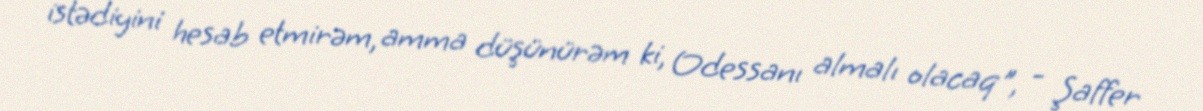
istədiyini hesab etmirəm, amma düşünürəm ki, Odessanı almalı olacaq", - Şaffer